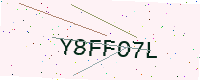
Text: Y8FFO7L